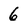
Character: 6